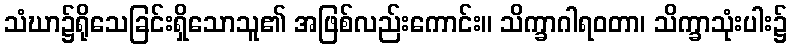
သံဃာ၌ရိုသေခြင်းရှိသောသူ၏ အဖြစ်လည်းကောင်း။ သိက္ခာဂါရဝတာ၊ သိက္ခာသုံးပါး၌